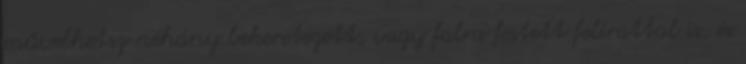
művelhetsz néhány bekeretezett, vagy falra festett felirattal is, és